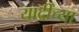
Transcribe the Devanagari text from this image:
यार्दींच्या